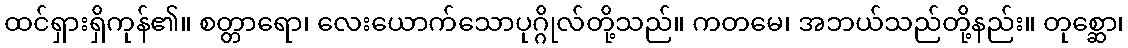
ထင်ရှားရှိကုန်၏။ စတ္တာရော၊ လေးယောက်သောပုဂ္ဂိုလ်တို့သည်။ ကတမေ၊ အဘယ်သည်တို့နည်း။ တုစ္ဆော၊